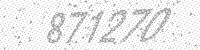
Solution: 871270